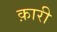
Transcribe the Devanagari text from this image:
क़ारी